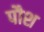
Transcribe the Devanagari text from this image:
पौश